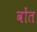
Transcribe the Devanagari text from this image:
वोंत